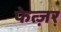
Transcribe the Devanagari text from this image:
फेत्ज़र